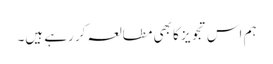
ہم اس تجویز کا بھی مطالعہ کر رہے ہیں۔